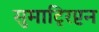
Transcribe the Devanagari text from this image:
सुमाट्रिप्टन